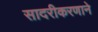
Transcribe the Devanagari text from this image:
सादरीकरणाने